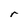
Character: r